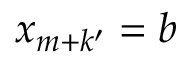
x _ { m + k ^ { \prime } } = b